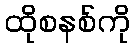
ထိုစနစ်ကို